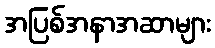
အပြစ်အနာအဆာများ